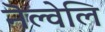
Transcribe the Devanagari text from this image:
नॆल्वेलि